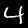
Digit: 4